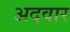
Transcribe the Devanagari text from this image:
अदवार